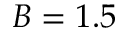
B = 1 . 5